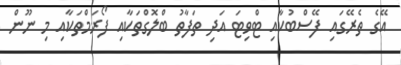
އޭގެ ތެރޭގައި ފޭސްބުކާއި ޓްވިޓަ އަދި ތަފާތު ބްލޮގްތަކާއި ފޯރަމްތަކާއި މި ނޫން